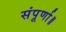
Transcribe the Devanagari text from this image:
संपूर्णा॥